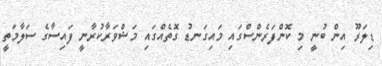
ޑިލަރޫ އިން ބުނީ މި ކޮންފަރެންސްގައި މައިގަނޑު ގޮތެެއްގައި މަޝްވަރާކުރާނީ ފައިސާގެ ސަލާމަތީ